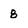
Character: 8